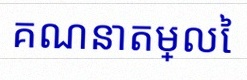
គណនាតម្លៃ